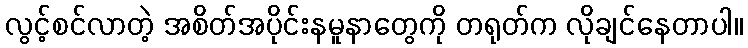
လွင့်စင်လာတဲ့ အစိတ်အပိုင်းနမူနာတွေကို တရုတ်က လိုချင်နေတာပါ။